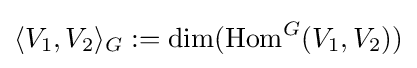
\langle V_{1},V_{2}\rangle _{G}:=\dim({\text{Hom}}^{G}(V_{1},V_{2}))